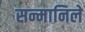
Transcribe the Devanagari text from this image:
सन्मानिले